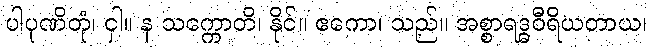
ပါပုဏိတုံ၊ ငှါ။ န သက္ကောတိ၊ နိုင်။ ဧကော၊ သည်။ အစ္စာရဒ္ဓဝီရိယတာယ၊